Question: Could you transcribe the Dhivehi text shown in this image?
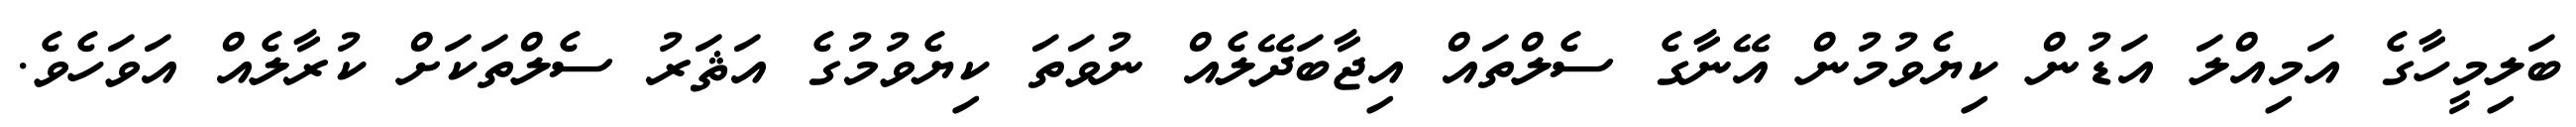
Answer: ބަލިމީހާގެ އަމިއްލަ އަޑުން ކިޔެވުމުން އޭނާގެ ސެލްތައް އިޖާބަދޭލެއް ނުވަތަ ކިޔެވުމުގެ އަޘަރު ސެލްތަކަށް ކުރާލެއް އަވަހެވެ.